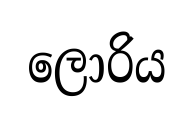
ලොරිය